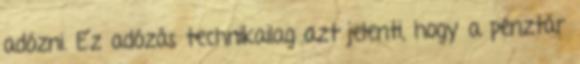
adózni. Ez adózás technikailag azt jelenti, hogy a pénztár